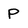
Character: P